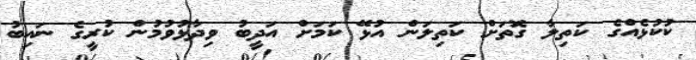
ކުކުޅެއްގެ ކަތިލާ ގޮތަށް ކަތިލަން އުޅޭ ކަމަށް އަދީބު ވިދާޅުވުމުން ކުރީގެ ނައިބު